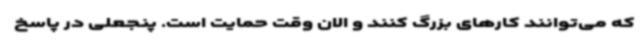
که می‌توانند کارهای بزرگ کنند و الان وقت حمایت است. پنجعلی در پاسخ